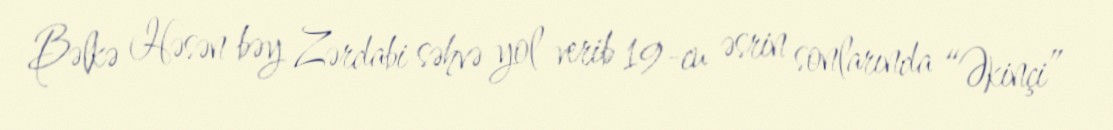
Bəlkə Həsən bəy Zərdabi səhvə yol verib 19-cu əsrin sonlarında “Əkinçi”